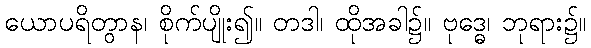
ယောပရိတွာန၊ စိုက်ပျိုး၍။ တဒါ၊ ထိုအခါ၌။ ဗုဒ္ဓေ၊ ဘုရား၌။